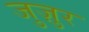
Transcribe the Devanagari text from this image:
जुज़ुर